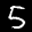
Label: 5